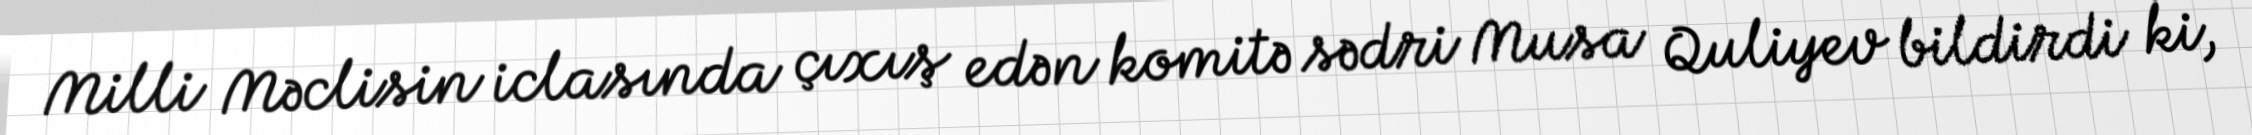
Milli Məclisin iclasında çıxış edən komitə sədri Musa Quliyev bildirdi ki,